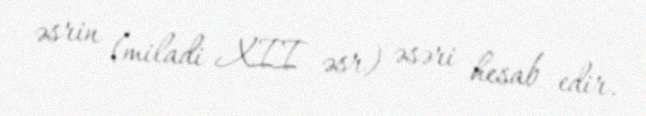
əsrin (miladi XII əsr) əsəri hesab edir.